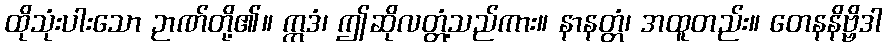
ထိုသုံးပါးသော ဉာဏ်တို့၏။ ဣဒံ၊ ဤဆိုလတ္တံ့သည်ကား။ နာနတ္တံ၊ အထူတည်း။ တေနနိဗ္ဗိဒါ